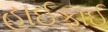
હાઈફાઈ